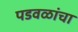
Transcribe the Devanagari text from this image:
पडवळांचा